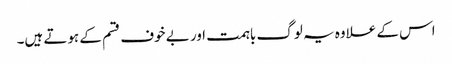
اس کے علاوہ یہ لوگ باہمت اور بے خوف قسم کے ہوتے ہیں۔